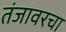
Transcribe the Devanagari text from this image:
तंजावरचा